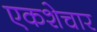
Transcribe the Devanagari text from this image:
एकशेचार